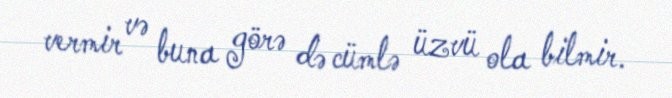
vermir və buna görə də cümlə üzvü ola bilmir.